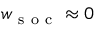
w _ { \mathrm { ~ s ~ o ~ c ~ } } \approx 0